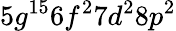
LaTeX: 5g^{15}6f^{2}7d^{2}8p^{2}